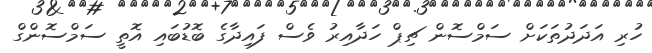
ހުރި އަދަދުތަކަށް ސަމްސޮން ޗިޕް ހަދާއިރު ވެސް ފައިދާގެ ބޮޑުބައި އޮތީ ސަމްސޮންގް